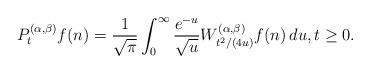
LaTeX: \begin{align*}P^{(\alpha,\beta)}_tf(n)=\frac{1}{\sqrt{\pi}}\int_{0}^{\infty}\frac{e^{-u}}{\sqrt{u}}W_{t^2/(4u)}^{(\alpha,\beta)}f(n)\, du,t\ge 0.\end{align*}